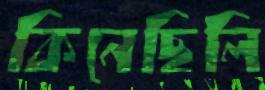
কিনেছিলি